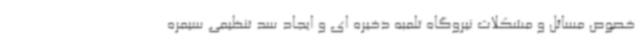
خصوص مسائل و مشکلات نیروگاه تلمبه ذخیره ای و ایجاد سد تنظیمی سیمره